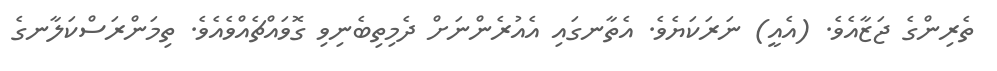
ތެރިންގެ ޖަޒާއެވެ. (އެއީ) ނަރަކަޔެވެ. އެތާނގައި އެއުރެންނަށް ދެމިތިބެނިވި ގޮވައްޗެއްވެއެވެ. ތިމަންރަސްކަލާނގެ